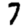
Digit: 7